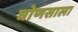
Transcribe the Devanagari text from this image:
घोणसाला